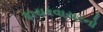
ફાયરવાયરનો